Report on vaccination in the Province of Bengal - 1869-1873
Year: 1869
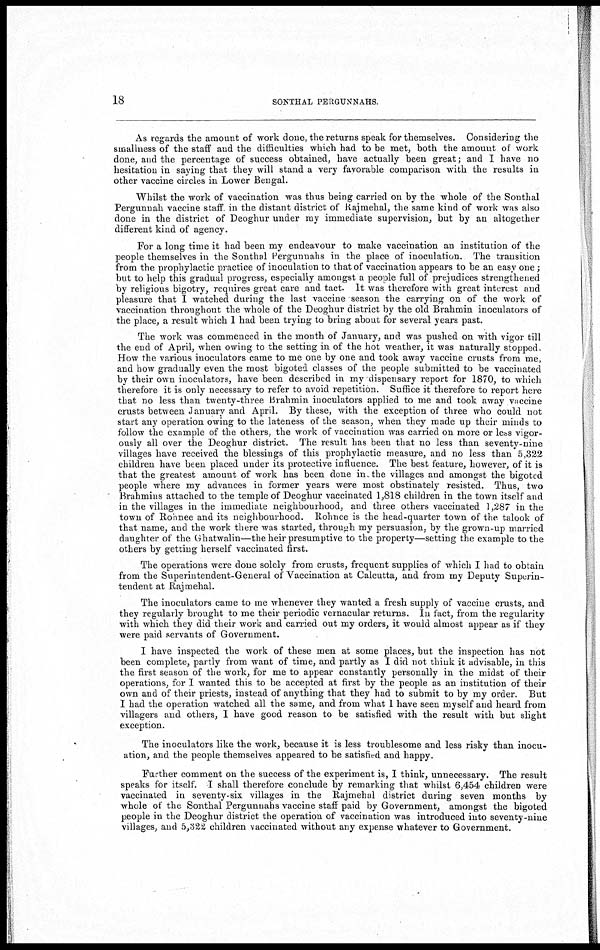
18
SONTHAL PERGUNNAHS.
As regards the amount of work done, the returns speak for themselves. Considering the
smallness of the staff and the difficulties which had to be met, both the amount of work
done, and the percentage of success obtained, have actually been great; and I have no
hesitation in saying that they will stand a very favorable comparison with the results in
other vaccine circles in Lower Bengal.
Whilst the work of vaccination was thus being carried on by the whole of the Sonthal
Pergunnah vaccine staff in the distant district of Rajmehal, the same kind of work was also
done in the district of Deoghur under my immediate supervision, but by an altogether
different kind of agency.
For a long time it had been my endeavour to make vaccination an institution of the
people themselves in the Sonthal Pergunnahs in the place of inoculation. The transition
from the prophylactic practice of inoculation to that of vaccination appears to be an easy one;
but to help this gradual progress, especially amongst a people full of prejudices strengthened
by religious bigotry, requires great care and tact. It was therefore with great interest and
pleasure that I watched during the last vaccine season the carrying on of the work of
vaccination throughout the whole of the Deoghur district by the old Brahmin inoculators of
the place, a result which I had been trying to bring about for several years past.
The work was commenced in the month of January, and was pushed on with vigor till
the end of April, when owing to the setting in of the hot weather, it was naturally stopped.
How the various inoculators came to me one by one and took away vaccine crusts from me,
and how gradually even the most bigoted classes of the people submitted to be vaccinated
by their own inoculators, have been described in my dispensary report for 1870, to which
therefore it is only necessary to refer to avoid repetition. Suffice it therefore to report here
that no less than twenty-three Brahmin inoculators applied to me and took away vaccine
crusts between January and April. By these, with the exception of three who could not
start any operation owing to the lateness of the season, when they made up their minds to
follow the example of the others, the work of vaccination was carried on more or less vigor-
ously all over the Deoghur district. The result has been that no less than seventy-nine
villages have received the blessings of this prophylactic measure, and no less than 5,322
children have been placed under its protective influence. The best feature, however, of it is
that the greatest amount of work has been done in the villages and amongst the bigoted
people where my advances in former years were most obstinately resisted. Thus, two
Brahmins attached to the temple of Deoghur vaccinated 1,818 children in the town itself and
in the villages in the immediate neighbourhood, and three others vaccinated 1,287 in the
town of Rohnee and its neighbourhood. Rohnee is the head-quarter town of the talook of
that name, and the work there was started, through my persuasion, by the grown-up married
daughter of the Ghatwalin—the heir presumptive to the property—setting the example to the
others by getting herself vaccinated first.
The operations were done solely from crusts, frequent supplies of which I had to obtain
from the Superintendent-General of Vaccination at Calcutta, and from my Deputy Superin-
tendent at Rajmehal.
The inoculators came to me whenever they wanted a fresh supply of vaccine crusts, and
they regularly brought to me their periodic vernacular returns. In fact, from the regularity
with which they did their work and carried out my orders, it would almost appear as if they
were paid servants of Government.
I have inspected the work of these men at some places, but the inspection has not
been complete, partly from want of time, and partly as I did not think it advisable, in this
the first season of the work, for me to appear constantly personally in the midst of their
operations, for I wanted this to be accepted at first by the people as an institution of their
own and of their priests, instead of anything that they had to submit to by my order. But
I had the operation watched all the same, and from what I have seen myself and heard from
villagers and others, I have good reason to be satisfied with the result with but slight
exception.
The inoculators like the work, because it is less troublesome and less risky than inocu¬
ation, and the people themselves appeared to be satisfied and happy.
Further comment on the success of the experiment is, I think, unnecessary. The result
speaks for itself. I shall therefore conclude by remarking that whilst 6,454 children were
vaccinated in seventy-six villages in the Rajmehal district during seven months by
whole of the Sonthal Pergunnahs vaccine staff paid by Government, amongst the bigoted
people in the Deoghur district the operation of vaccination was introduced into seventy-nine
villages, and 5,322 children vaccinated without any expense whatever to Government.